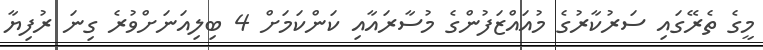
މީގެ ތެރޭގައި ސަރުކާރުގެ މުއައްޒަފުންގެ މުސާރައާއި ކަންކަމަށް 4 ބިލިއަނަށްވުރެ ގިނަ ރުފިޔާ